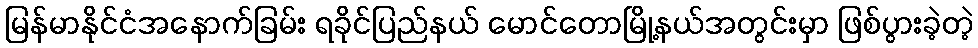
မြန်မာနိုင်ငံအနောက်ခြမ်း ရခိုင်ပြည်နယ် မောင်တောမြို့နယ်အတွင်းမှာ ဖြစ်ပွားခဲ့တဲ့